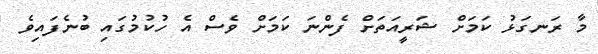
މާ ރަނގަޅު ކަމަށް ޝަރީއަތަށް ފެންނަ ކަމަށް ވެސް އެ ހުކުމުގައި ބުނެފައިވެ